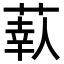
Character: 𦶗